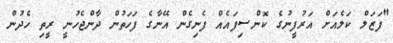
"ފަޒަލް ކަލެއަށް އަރުފީނުގެ ކޮންސިފައެއް ފެނިގެން އޭނާގެ ފަހަތުން ދާންޖެހުނީ ރީތި ހެދުން